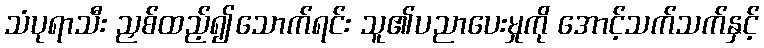
သံပုရာသီး ညှစ်ထည့်၍သောက်ရင်း သူ၏ပညာပေးမှုကို အောင့်သက်သက်နှင့်